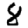
Digit: 8